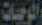
الوجبات